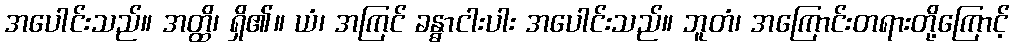
အပေါင်းသည်။ အတ္ထိ၊ ရှိ၏။ ယံ၊ အကြင် ခန္ဓာငါးပါး အပေါင်းသည်။ ဘူတံ၊ အကြောင်းတရားတို့ကြောင့်